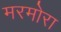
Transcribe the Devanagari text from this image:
मरमोरा